Vital statistics of India. Vol. IV, Annual returns from 1871 to 1876. British Army of India, Native Army and jails of Bengal
Year: 1871
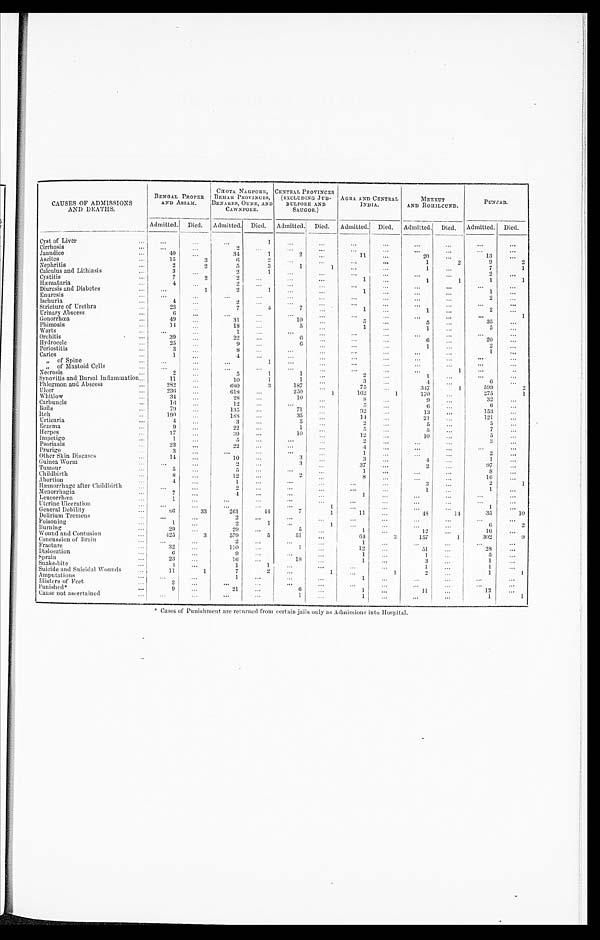
CAUSES OF ADMISSIONS
DEATHS.
BENGAL PROPER
AND ASSAM.
CHOTA NAGPO
RE, BEHAR PROVINCES,
BENARES, OUDE, AND
CAWNPORE.
CENTRAL PROVINCES
(EXCLUDING JUB-
BULPORE AND
SAUGOR.)
AGRA. AND CENTRAL
INDIA.
MEERUT
AND ROHILCUND.
PUNJAB.
Admitted. Died. Admitted. Died. Admitted. Died. Admitted. Died. Admitted. Died. Admitted. Died.
Cyst of Liver
. . . ...
...
...
1 ...
. . .
. . .
. . .
. . .
. . .
. . .
Cirrhosis
. . .
. . .
. . .
2
. . .
. . . ...
. . .
...
. . .
. . .
. . .
. . .
Jaundice
. . .
40
. . .
34
1
2
. . .
1 1 ...
2 0
. . .
13
. . .
Ascites
. . .
15
3
6
2
. . .
. . .
...
. . .
. . .
2
9
2
Nephritis
. . .
2
2
5
3
1
1
. . .
. . .
1
. . .
7
. . .
Calculus and Lithiasis
. . .
3
. . .
2
1
...
...
. . .
. . .
. . .
2
. . .
Cystitis
. . .
7
2
2
. . .
. . . ...
1 ...
1
1
1
1
Hæmaturia
. . .
4
. . .
2
...
...
. . .
. . .
. . .
. . .
. . .
. . .
. . .
Diuresis and Diabetes
. . .
. . .
1
2
1
. . .
. . .
1
. . .
. . .
. . .
1
. . .
Enuresis
. . .
. . .
. . .
. . .
...
. . .
. . .
. . .
. . .
. . .
. . .
2
. . .
Ischuria
. . .
4
. . .
2
. . .
. . .
. . .
...
. . .
. . .
. . .
. . .
. . .
Stricture of Urethra
. . .
23
. . .
7
4
7
. . .
1
. . .
1
. . .
2
. . .
Urinary Abscess
. . .
6
. . .
. . .
...
. . .
. . .
. . .
. . .
. . .
. . .
. . .
1
Gonorrhœa
. . .
49
. . .
31
...
... 10
. . .
5 ...
5
. . .
35
. . .
Phimosis
. . .
14
. . .
18
...
5 ...
1
. . .
1
...
5
. . .
W a r t s
. . . . . .
...
1
. . .
. . .
. . .
...
. . .
. . .
. . .
...
. . .
Orchitis
. . .
39
. . .
2 2
...
6 ...
. . .
. . .
6
. . .
20
. . .
Hydrocele
. . .
25
. . .
9
. . .
6
. . .
. . .
...
1
. . .
2
. . .
Periostitis
. . .
3 . . .
8 ...
...
. . .
...
. . .
. . .
...
1
. . .
Caries
. . .
1 . . .
4 ...
. . . ...
...
... . . .
. . .
. . .
. . .
„ of Spine
. . . ...
. . .
...
1
...
. . .
...
. . . . . .
. . .
. . .
. . .
„ of Mastoid Cells
. . .
. . .
. . .
. . .
. . .
. . .
. . .
. . .
. . . . . .
1
. . .
. . .
Necrosis
. . .
2
. . .
5
1
. . .
. . .
2
. . .
1
. . .
. . .
. . .
Synovitis and Bursal Inflammation...
11 . . .
10
1
1
...
3
. . .
4
. . .
6
. . .
Phlegmon and Abscess
. . .
282
. . .
680
3
187 ...
75
. . .
347
. . .
599
2
Ulcer
. . .
236
. . .
618
. . . 250
1
162
1
170
. . .
275
1
Whitlow
. . .
34
. . .
28
...
10
. . .
8
. . .
9 ...
32
. . .
Carbuncle
. . .
16
. . .
12
...
. . .
. . .
5
. . .
6
. . .
6 ...
Boils
. . .
79
. . .
135
...
71 ...
32 ...
13
. . .
153
. . .
Itch
. . .
190
. . .
188 ...
35
. . .
14 ...
21
...
121
...
Urticaria
. . .
4
. . .
3
...
5
. . .
2
. . .
5 . . .
5
. . .
Eczema
. . .
9
. . .
22
...
1
. . .
5
. . .
5 ...
7
. . .
Herpes
. . .
1 7
. . .
39
...
10
12
10 . . .
5
. . .
Impetigo
. . .
1
. . .
. . . ...
. . . ...
2
. . .
... . . .
3 ...
Psoriasis
. . .
23
. . .
22 ...
. . . ...
4
. . .
. . .
. . .
. . .
. . .
Prurigo
. . .
3
. . .
. . .
...
...
...
1
. . .
. . .
. . .
2
. . .
other Skin Diseases
. . .
14
. . .
10 ...
3
. . .
3 ...
4 ...
1
. . .
Guinea Worm
. . .
. . .
. . .
2
...
3
. . .
37
. . .
2
. . .
97
. . .
Tumour
. . .
5
. . .
5 ...
...
. . .
1
. . .
. . .
. . .
8
. . .
Childbirth
. . .
8
. . .
12
. . .
2
. . .
8
. . .
. . .
...
16
. . .
Abortion
. . .
4
. . .
1
...
. . .
. . .
. . .
. . .
. . .
. . .
2
1
Hæmorrhage after Childbirth
. . .
. . .
. . .
2
...
. . .
. . .
. . .
. . .
. . .
. . .
1
. . .
Menorrhagia
. . . . . .
7
. . .
4
. . .
. . .
. . .
1
. . .
. . .
. . .
...
. . .
Leucorrhœa
. . .
1
. . .
. . .
...
. . .
. . .
. . .
. . .
. . .
. . .
. . .
. . .
Uterine Ulceration
. . .
. . .
. . .
...
. . .
. . .
1 ...
. . .
. . .
. . .
1
. . .
General Debility
. . .
86 33
261
4 4
7
1
11
. . .
4 8
14
35
10
Delirium Tremens
. . . ...
. . .
2 ...
. . .
. . .
. . .
. . .
. . .
. . . ...
. . .
Poisoning
. . .
1
. . .
2
1
. . .
1
. . .
. . .
. . .
...
6
2
Burning
. . .
29
. . .
29
. . .
5
. . .
1 ...
12 ...
16
. . .
Wound and Contusion
. . .
4 2 5
3
579
...
51 ...
64
3
157
1
302
9
Concussion of Brain
. . .
. . .
. . .
2
...
. . .
. . .
1 ...
. . .
. . .
. . .
. . .
Fracture
. . .
32
. . .
110
...
1
. . .
1 2 . . .
51
. . .
28
. . .
Dislocation
. . .
6
. . .
9 ...
. . .
. . .
1
. . .
1
. . .
5
. . .
Sprain
. . .
23
. . .
10 ...
18
. . .
1 ...
3
. . .
1
. . .
Snake-bite
. . .
4
. . .
1
1 ...
...
. . . ...
1 ...
1
. . .
Suicide and Suicidal Wounds
. . .
11
1
7
2 ...
1 ...
1
2
. . .
1
1
Amputations
. . . . . .
. . .
1 ...
. . .
. . .
1 ...
. . .
. . .
...
. . .
Blisters of Feet
. . .
3
. . .
. . .
... ...
...
...
...
. . .
. . .
. . .
. . .
Punished*
. . . .
9
. . .
21
...
6
. . .
1
. . .
11 ...
12
. . .
Cause not ascertained
. . .
. . .
. . .
. . .
...
1
. . .
1
...
. . .
. . .
1
1
* Cases of Punishment are returned from certain jails only as Admissions into Hospital.